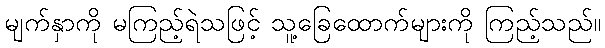
မျက်နှာကို မကြည့်ရဲသဖြင့် သူ့ခြေထောက်များကို ကြည့်သည်။